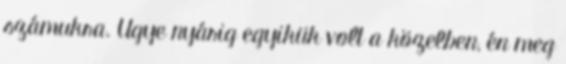
számukra. Ugye nyárig egyikük volt a közelben, én meg